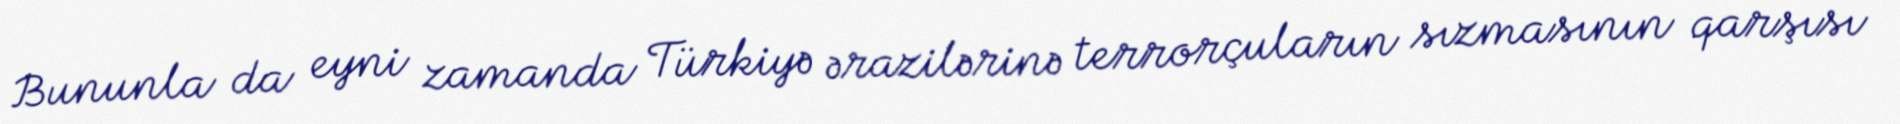
Bununla da eyni zamanda Türkiyə ərazilərinə terrorçuların sızmasının qarşısı